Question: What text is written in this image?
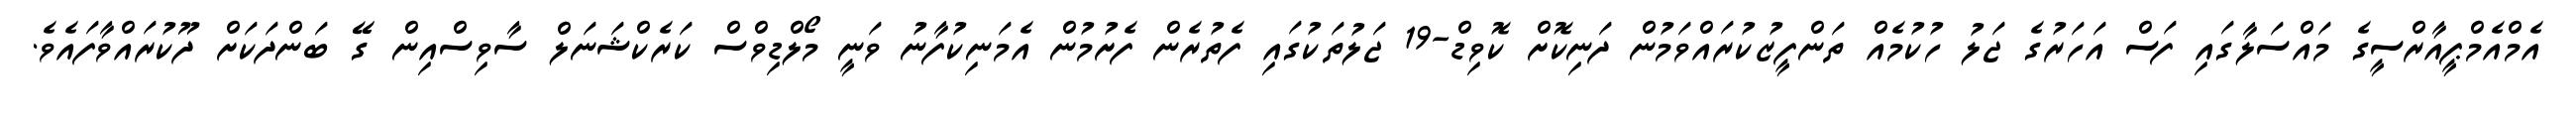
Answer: އެމްއެމްޕީއާރްސީގެ މައްސަލާގައި ފަސް އަހަރުގެ ޖަލު ހުކުމެއް ތަންފީޒުކުރައްވަމުން ދަނިކޮށް ކޮވިޑް-19 ޖަލުތަކުގައި ފެތުރެން ފެށުމުން އެމަނިކުފާނު ވަނީ މޯލްޑިވްސް ކަރެކްޝަނަލް ސާވިސްއިން ގޭ ބަންދަކަށް ދޫކުރައްވާފައެވެ.